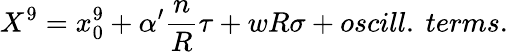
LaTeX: X^{9}=x_{0}^{9}+\alpha^{\prime}{\frac{n}{R}}\tau+wR\sigma+oscill.\ terms.